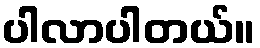
ပါလာပါတယ်။